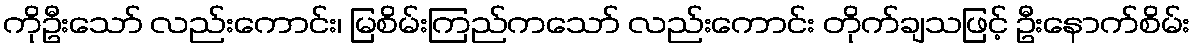
ကိုဦးသော် လည်းကောင်း၊ မြစိမ်းကြည်ကသော် လည်းကောင်း တိုက်ချသဖြင့် ဦးနောက်စိမ်း